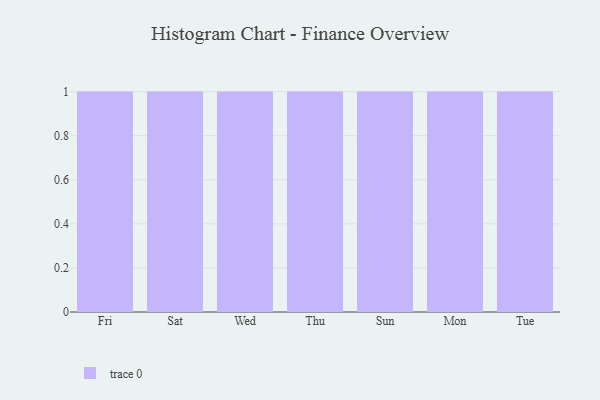
{"axis": {"x": "Day", "y": "Demand Index"}, "legend": [""], "data": [{"x": "Fri", "y": 99, "type": ""}, {"x": "Sat", "y": 1, "type": ""}, {"x": "Wed", "y": 17, "type": ""}, {"x": "Thu", "y": 45, "type": ""}, {"x": "Sun", "y": 70, "type": ""}, {"x": "Mon", "y": 36, "type": ""}, {"x": "Tue", "y": 94, "type": ""}]}